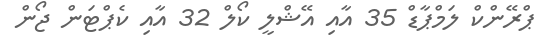
ޕްރޭންކް ލަމްޕާޑް 35 އާއި އޭޝްލީ ކޯލް 32 އާއި ކެޕްޓަން ޖޯން